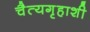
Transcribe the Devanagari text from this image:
चैत्यगृहाशी